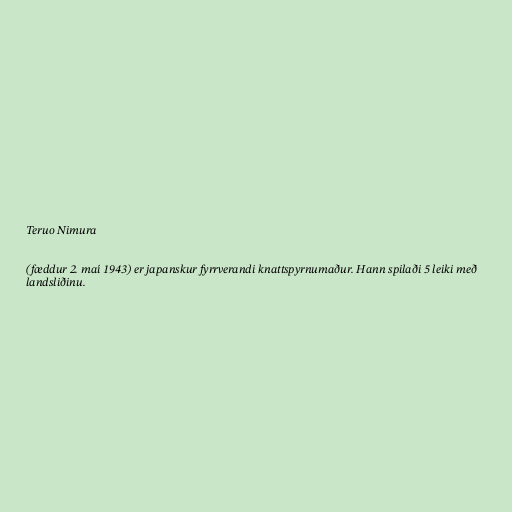
Teruo Nimura

(fæddur 2. maí 1943) er japanskur fyrrverandi knattspyrnumaður. Hann spilaði 5 leiki með
landsliðinu.